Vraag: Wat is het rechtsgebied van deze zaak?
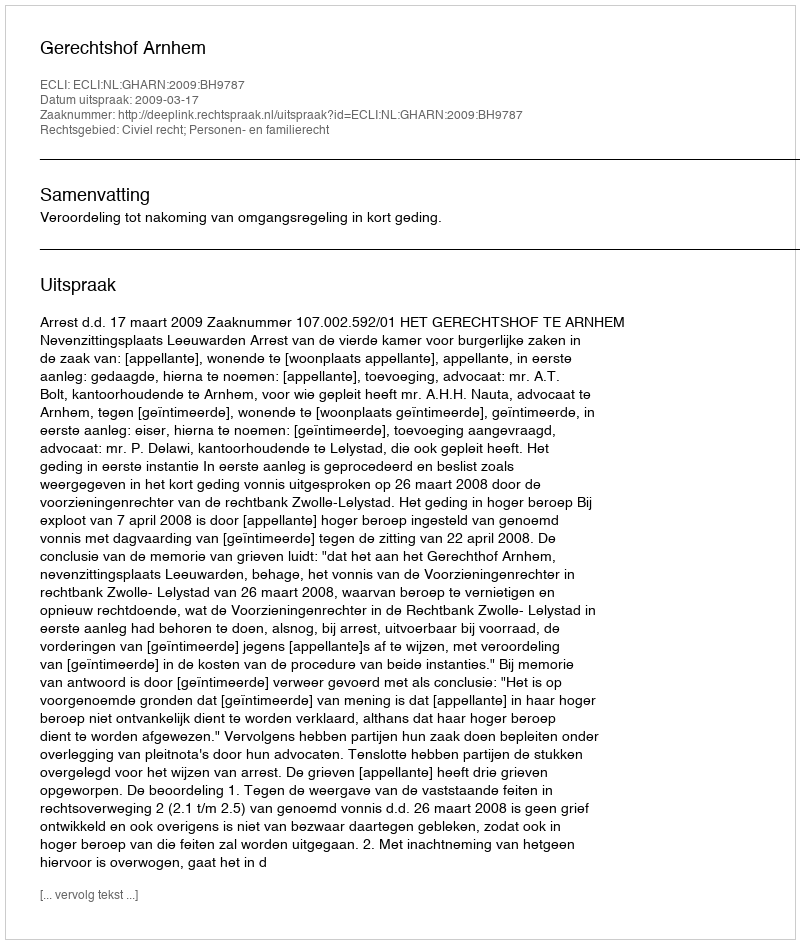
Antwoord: Civiel recht; Personen- en familierecht